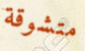
متشوقة